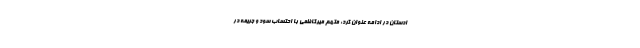
ادستان در ادامه عنوان کرد: متهم میرکاظمی با احتساب سود و جریمه در